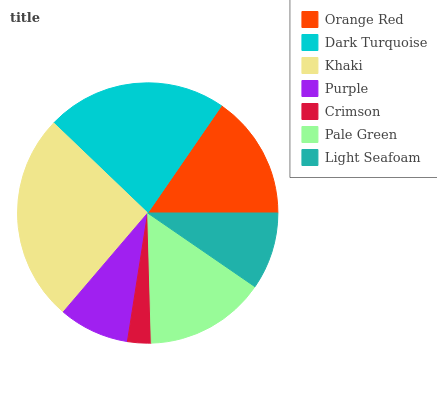
| Orange Red | Dark Turquoise | Khaki | Purple | Crimson | Pale Green | Light Seafoam |
 | --- | --- | --- | --- | --- | --- | --- |
 | 15.4% | 22.4% | 25.9% | 8.75% | 2.93% | 15% | 9.58% |